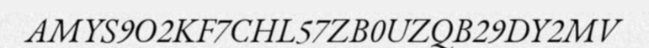
AMYS9O2KF7CHL57ZB0UZQB29DY2MV